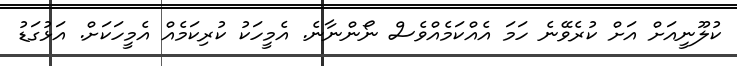
ކުލޫނީއަށް އަށް ކުރެވޭނެ ހަމަ އެއްކަމެއްވެސް ނޯންނާނެ. އެމީހަކު ކުރިކަމެއް އެމީހަކަށް. އަޅުގަޑު